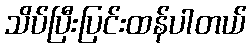
သိပ်ပြီးပြင်းထန်ပါတယ်